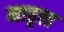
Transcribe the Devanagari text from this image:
मातृत्त्व